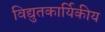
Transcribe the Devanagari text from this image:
विद्युतकार्यिकीय